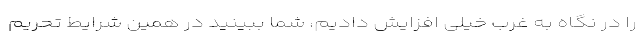
را در نگاه به غرب خیلی افزایش دادیم، شما ببینید در همین شرایط تحریم